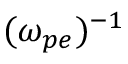
( \omega _ { p e } ) ^ { - 1 }